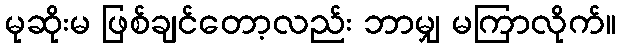
မုဆိုးမ ဖြစ်ချင်တော့လည်း ဘာမျှ မကြာလိုက်။